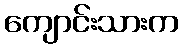
ကျောင်းသားက